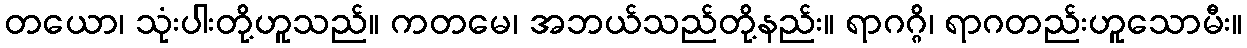
တယော၊ သုံးပါးတို့ဟူသည်။ ကတမေ၊ အဘယ်သည်တို့နည်း။ ရာဂဂ္ဂိ၊ ရာဂတည်းဟူသောမီး။